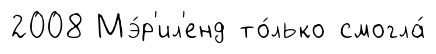
2008 Мэ́р'ил'енд то́лько смогла́